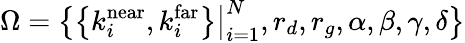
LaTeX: \Omega=\left\{ \left\{ k_{i}^{\mathrm{near}},k_{i}^{\mathrm{far}}\right\} \big|_{i=1}^{N},r_{d},r_{g},\alpha,\beta,\gamma,\delta\right\}